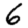
Digit: 6